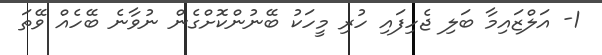
1- އަލްޒައިމާ ބަލި ޖެހިފައި ހުރި މީހަކު ބޭނުންކޮށްގެން ނުވާނެ ބޭހެއް ވޭތަ